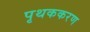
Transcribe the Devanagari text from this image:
पृथककरण